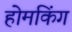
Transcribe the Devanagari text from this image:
होमकिंग